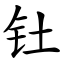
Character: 钍